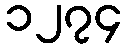
၁၂၇၄